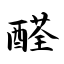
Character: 醛